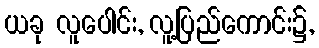
ယခု လူပေါင်း, လူ့ပြည်ကောင်း၌,